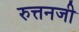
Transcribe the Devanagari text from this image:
रुत्तनजी